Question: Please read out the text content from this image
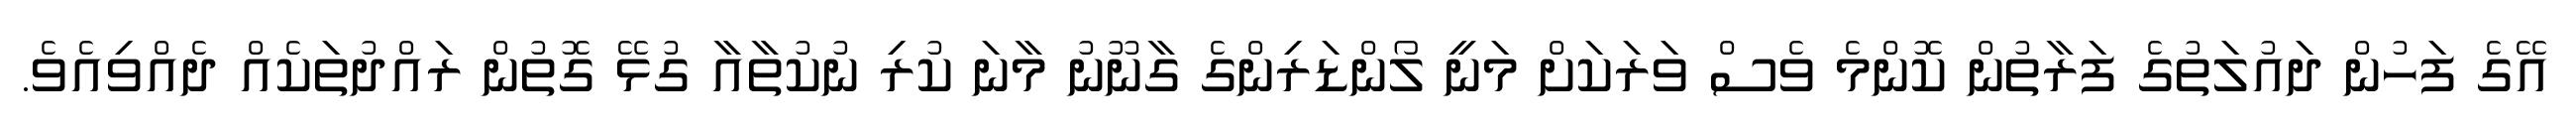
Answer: އޭގެ ފަހުން ދައުލަތުގެ ފަރާތުން ކޮންމެ ވެސް ވަރަކަށް މަނީ ލޯންޑަރިންގެ ގާނޫނު މާނަ ކުރި ނުކުތާއާ ގުޅޭ ގޮތުން ރައްދުތަކެއް ދެއްވިއެވެ.